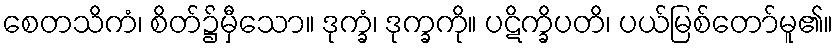
စေတသိကံ၊ စိတ်၌မှီသော။ ဒုက္ခံ၊ ဒုက္ခကို။ ပဋိက္ခိပတိ၊ ပယ်မြစ်တော်မူ၏။